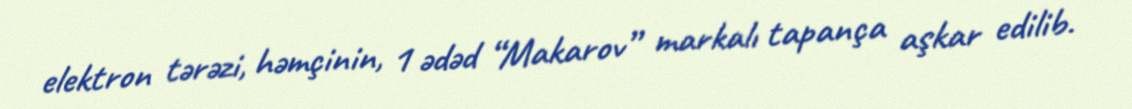
elektron tərəzi, həmçinin, 1 ədəd “Makarov” markalı tapança aşkar edilib.